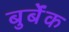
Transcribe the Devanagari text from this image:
बुर्बेंक